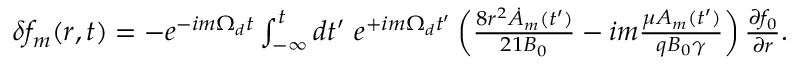
\begin{array} { r } { \delta f _ { m } ( r , t ) = - e ^ { - i m \Omega _ { d } t } \int _ { - \infty } ^ { t } d t ^ { \prime } \ e ^ { + i m \Omega _ { d } t ^ { \prime } } \left( \frac { 8 r ^ { 2 } \dot { A } _ { m } ( t ^ { \prime } ) } { 2 1 B _ { 0 } } - i m \frac { \mu A _ { m } ( t ^ { \prime } ) } { q B _ { 0 } \gamma } \right) \frac { \partial f _ { 0 } } { \partial r } . } \end{array}